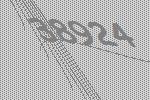
38924